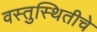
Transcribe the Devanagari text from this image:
वस्तुस्थितीचे